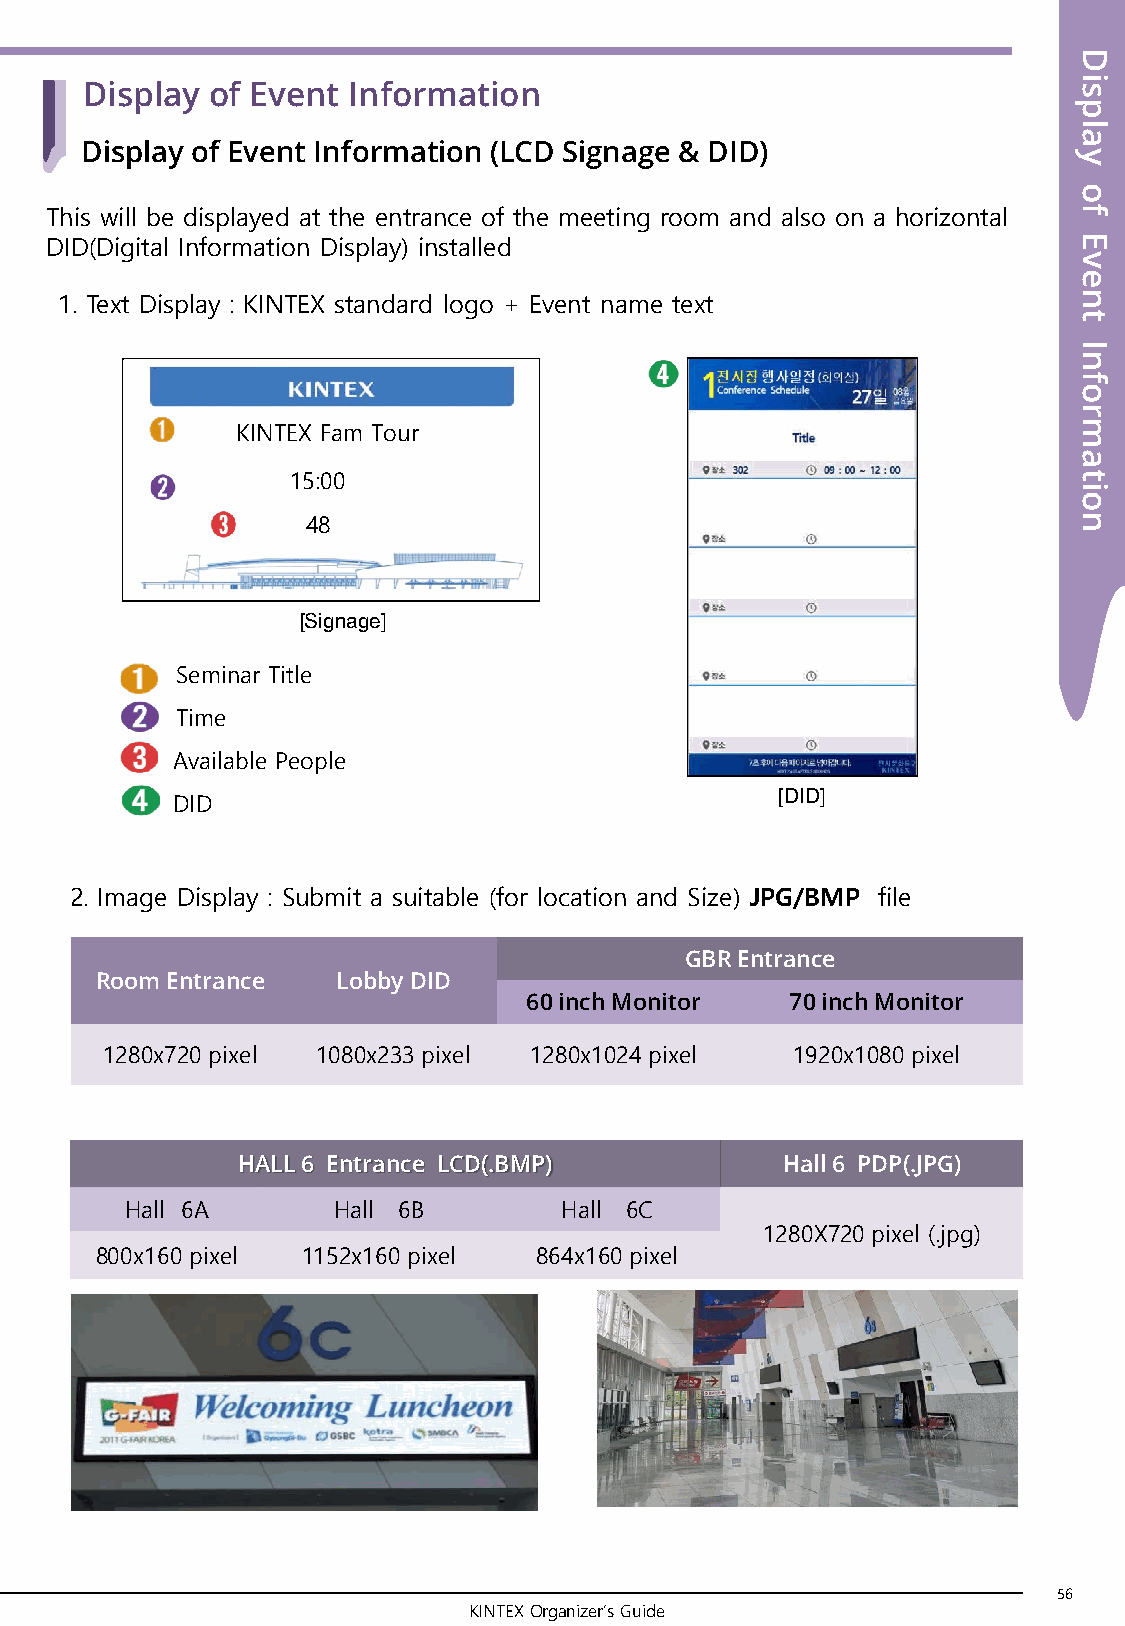
D
 i
 Display  of Event Information                                     s
 p
 l
 a
 Display of Event Information (LCD Signage & DID)
 y
 o
 This will be displayed at the entrance of the meeting room and also on a horizontal f
 DID(Digital Information Display) installed                          E
 v
 e
 1. Text Display : KINTEX standard logo + Event name text           n
 t
 I
 n
 f
 o
 r
 KINTEX Fam Tour                                        m
 a
 15:00                                               t
 i
 o
 48                                                 n
 [Signage]
 Seminar Title
 Time
 Available People
 [DID]
 DID
 2. Image Display : Submit a suitable (for location and Size) JPG/BMP file
 GBR Entrance
 Room Entrance   Lobby DID
 60 inch Monitor  70 inch Monitor
 1280x720 pixel 1080x233 pixel 1280x1024 pixel 1920x1080 pixel
 HALL 6 Entrance LCD(.BMP)           Hall 6 PDP(.JPG)
 Hall 6A       Hall 6B        Hall 6C
 1280X720 pixel (.jpg)
 800x160 pixel 1152x160 pixel 864x160 pixel
 56
 KINTEX Organizer’s Guide
 57